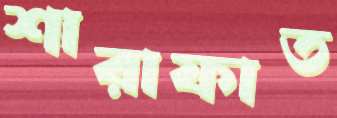
শারাফাত